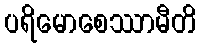
ပရိမောစေဿာမီတိ